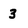
Character: 3